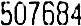
507684